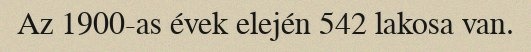
Az 1900-as évek elején 542 lakosa van.